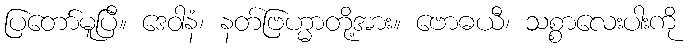
ပြတော်မူပြီ။ ဒေဝါနံ၊ နတ်ဗြဟ္မာတို့အား။ ဗောဓယီ၊ သစ္စာလေးပါးကို